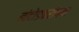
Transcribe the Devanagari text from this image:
बांदोडकरांच्या